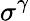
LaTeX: \sigma^{\gamma}